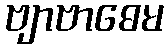
ဗျာဗာဓေမ